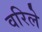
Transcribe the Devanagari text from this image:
वरिले